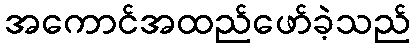
အကောင်အထည်ဖော်ခဲ့သည်